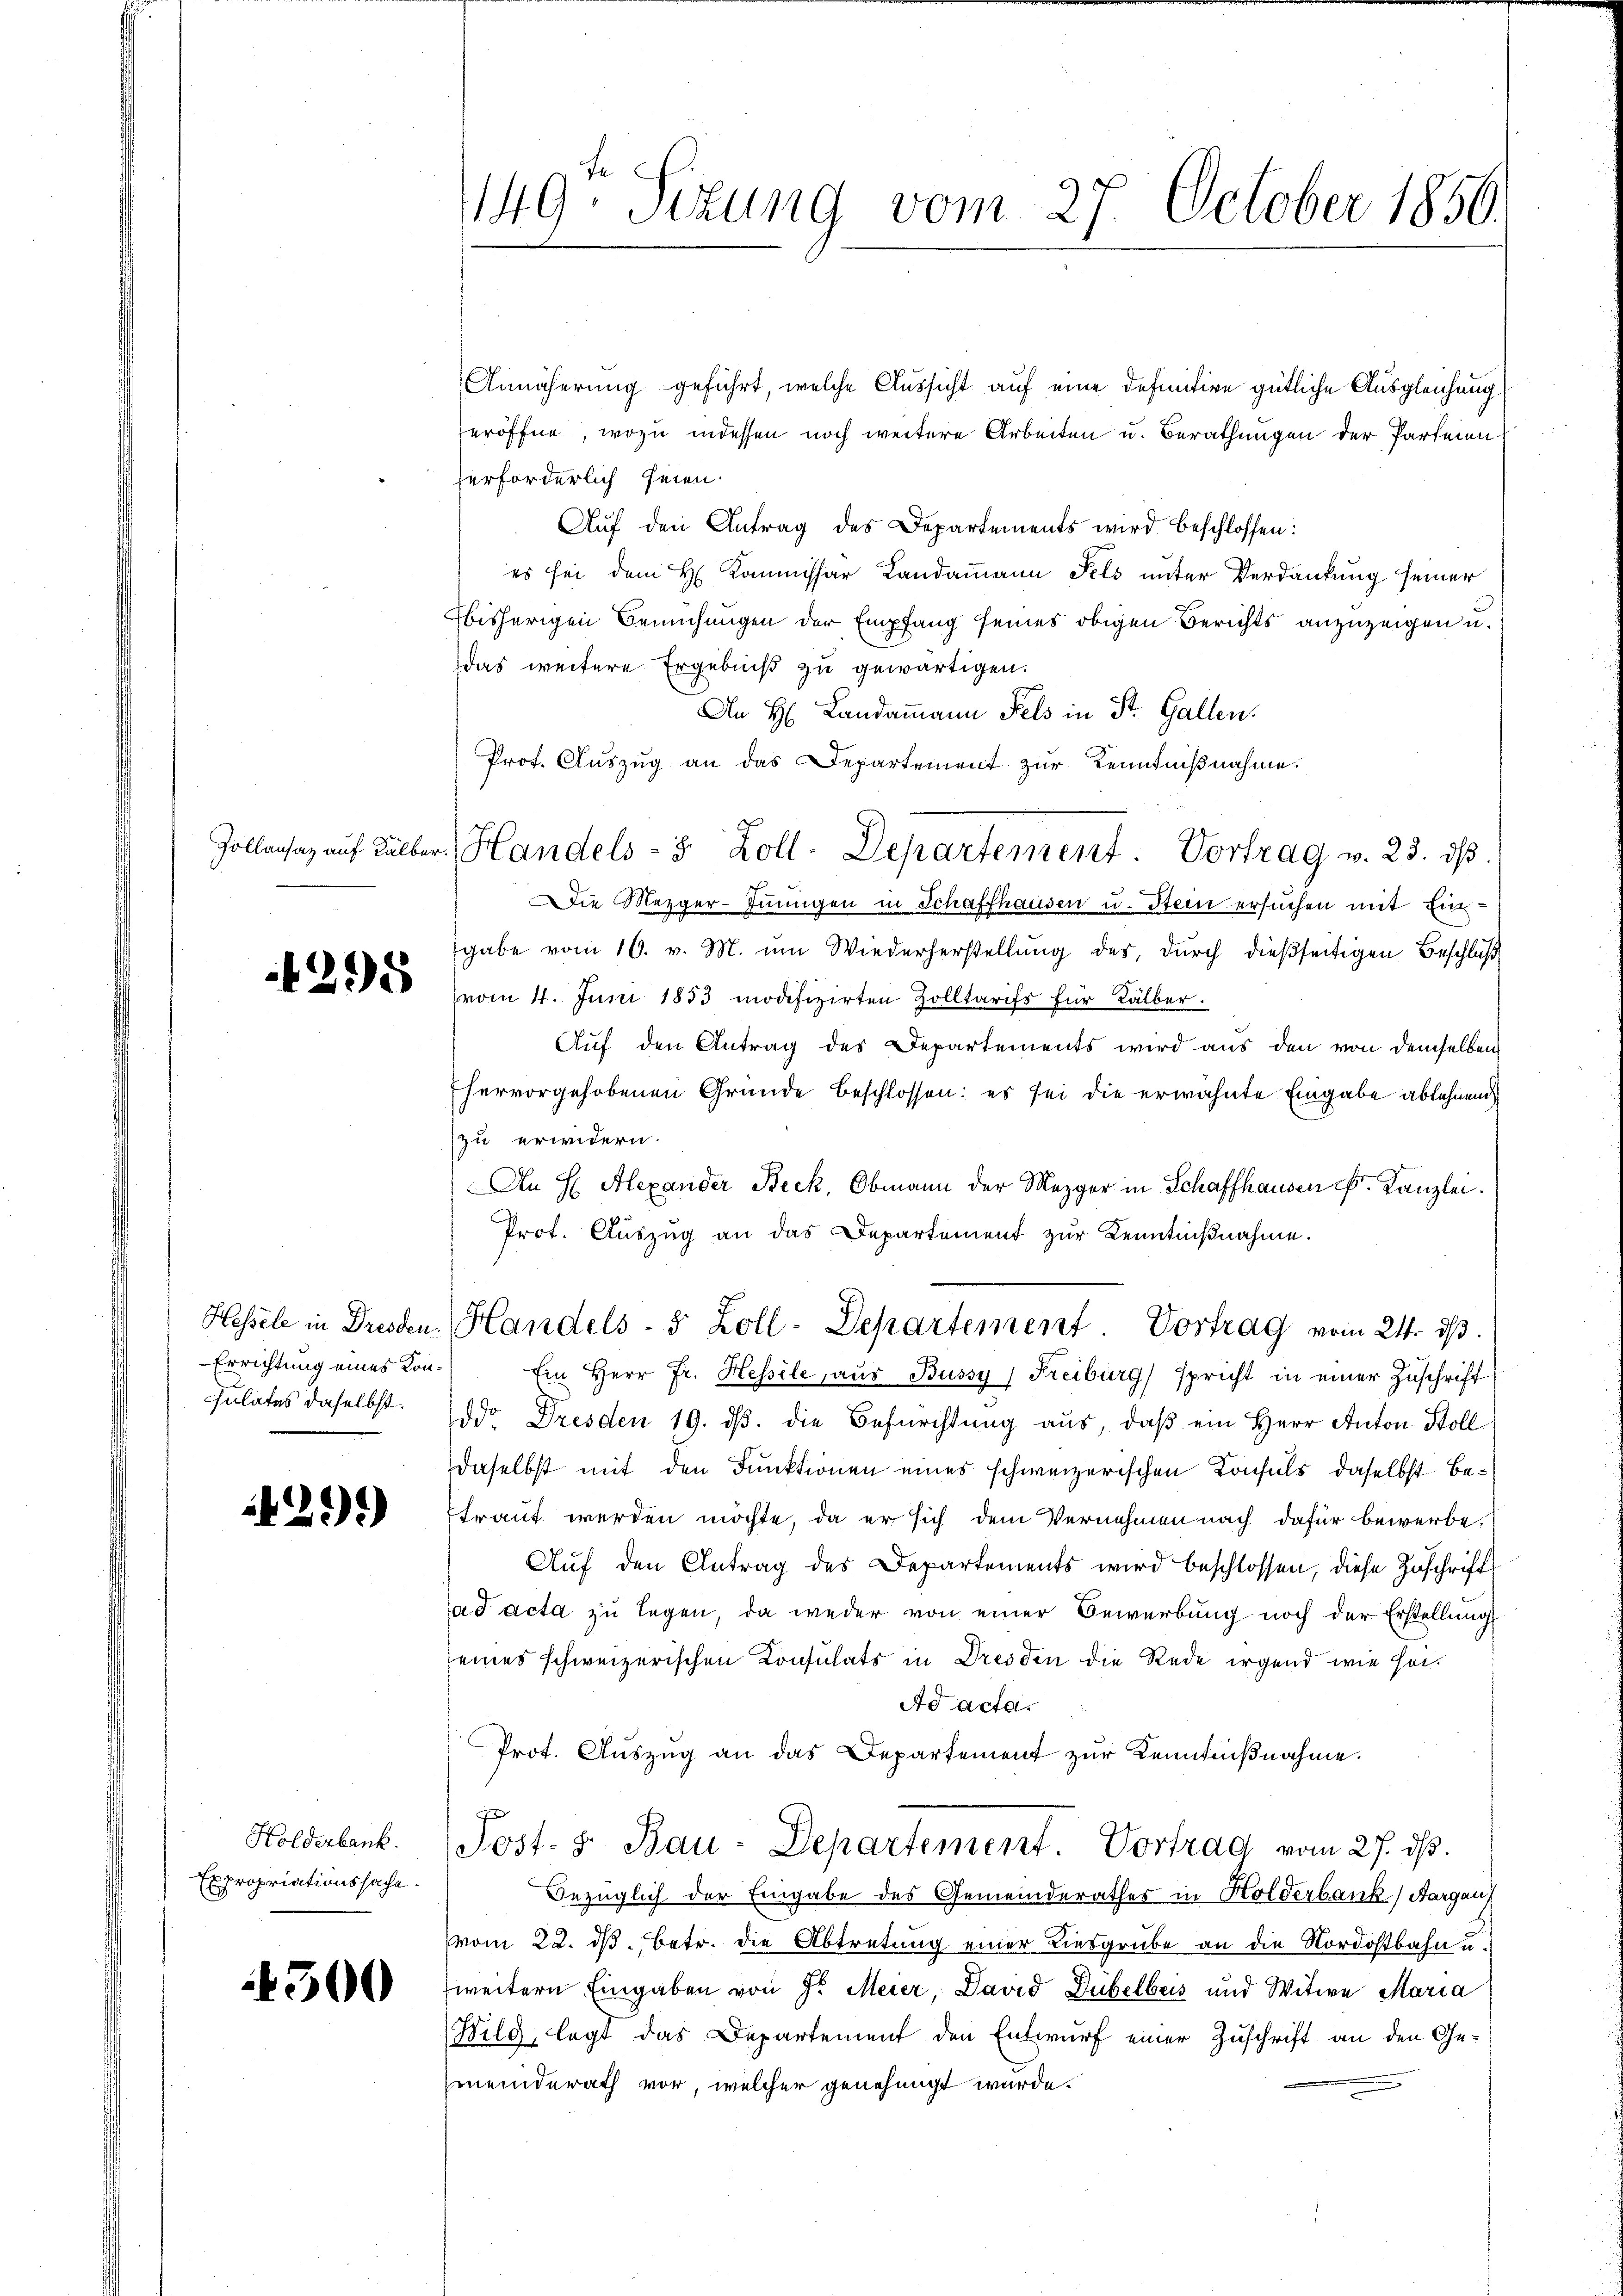
149. Sizung vom 27. October 1856.

Annäherung geführt, welche Aussicht auf eine definitive gütliche Ausgleichung
eröffne, wozu indessen noch weitere Arbeiten u. Berathungen der Parteien
erforderlich seien.
Auf den Antrag des Departements wird beschlossen:
es sei dem H. Kommissär Landammann Fels unter Verdankung seiner
bisherigen Bemühungen der Empfang seines obigen Berichts anzuzeigen u.
das weitere Ergebniß zu gewärtigen.
An H: Landammann Fels in St. Gallen.
Prof. Auszug an das Departement zur Kenntnißnahme.
vom 4. Juni 1853 modifizirten Zolltarifs für Kälber.
Auf den Antrag des Departements wird aus den von demselben
Ehervorgehobenen Gründe beschlossen: es sei die erwähnte Eingabe ablehnend
zu erwidern.
An H Alexander Beck, Obmann der Mezger in Schaffhausen k. Kanzlei.
Prot. Auszug an das Departement zur Kenntnißnahme.
Hessele in Dresden, Handels- 5 Zoll-Departement. Vortrag vom 24. ds.
Ein Herr Fr. Hessile, aus Bussy, Freiburg spricht in einer Zuschrift
Julates daselbst. ddr Dresden 19. dβ. die Befürchtung aus, daß ein Herr Anton Stoll
daselbst mit den Funktionen eines schweizerischen Konsuls, daselbst betraut werden möchte, da er sich dem Vernehmen nach dafür bewerbe,
Auf den Antrag des Departements wird beschlossen, diese Zuschrift
ad acta zu legen, da weder von einer Bewerbung noch der Erstellung
seines schweizerischen Konsulats in Dresden die Rede irgend wie hei¬
Ad acta.
Prot. Aŭszŭg an das Departement zur Kenntniβnahme.
Post. S. Bau-Departement. Vortrag vom 27. ds.
Inzüglich der Eingabe des Gemeinderathes in Holderbank, Aargau
vom 22. ds. betr. die Abtretung einer Liesgrube an die Nordostbahn u.
weitern Eingaben von Sr. Meier, David Dübelbris und Witwe Maria
Bilg, legt das Departement den Entwurf einer Zuschrift an den Gemeinderath vor, welcher genehmigt wurde.

Zollansaz aŭf Kälber Handels- 8 Zoll-Departement. Vortrag v. 23. dβ.
Die Mezger-Innigen in Schaffhausen u. Stein ersuchen mit Eingabe vom 16. v. M. um Wiederherstellung des, durch dießseitigen Beschluß

295

Errichtung eines Kon¬

429)

Holderbank.
Expropriationssache.

4300